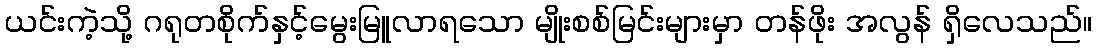
ယင်းကဲ့သို့ ဂရုတစိုက်နှင့်မွေးမြူလာရသော မျိုးစစ်မြင်းများမှာ တန်ဖိုး အလွန် ရှိလေသည်။